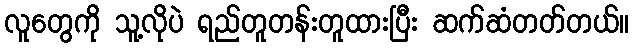
လူတွေကို သူ့လိုပဲ ရည်တူတန်းတူထားပြီး ဆက်ဆံတတ်တယ်။